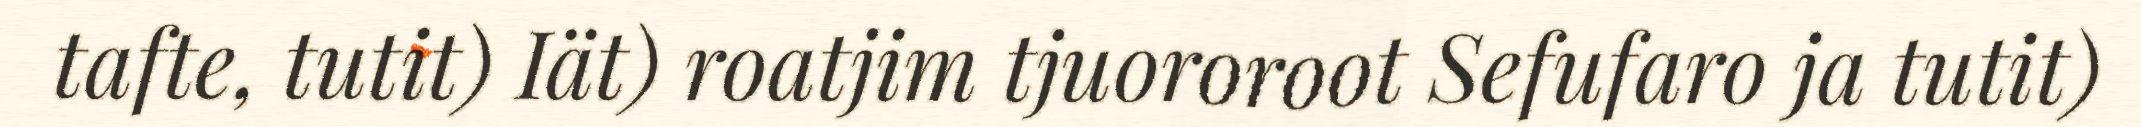
tafte, tutit) Iät) roatjim tjuororoot Sefufaro ja tutit)